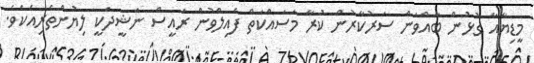
މީޑިޔާއާ ގުޅުން ބާއްވަން ސަރުކާރުން ކުރާ މަސައްކަތް ފެއިލްވުން ރައީސް ނަޝީދަކީ ލިޔުންތެރިއެކެވެ.